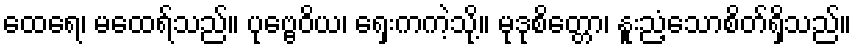
ထေရေ၊ မထေရ်သည်။ ပုဗ္ဗေဝိယ၊ ရှေးကကဲ့သို့။ မုဒုစိတ္တော၊ နူးညံ့သောစိတ်ရှိသည်။